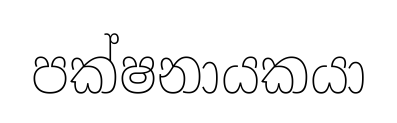
පක්ෂනායකයා